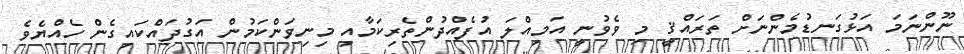
ނޫންނަމަ އަޅުގަނޑުމެންނަށް ތަރައްޤީ މި ވެވުނީ އަމިއްލަ އުފެއްދުންތެރިކަމާއި މިނިވަންކަމުން އަގުދައްކައިގެން ހެއްޔެވެ